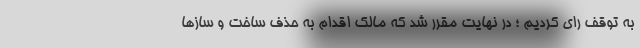
به توقف رای کردیم ؛ در نهایت مقرر شد که مالک اقدام به حذف ساخت و سازها